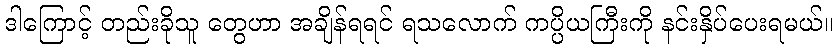
ဒါကြောင့် တည်းခိုသူ တွေဟာ အချိန်ရရင် ရသလောက် ကပ္ပိယကြီးကို နင်းနှိပ်ပေးရမယ်။